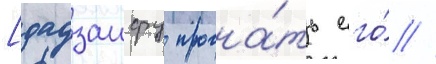
[дадзаифу прогна́ть его́ //